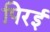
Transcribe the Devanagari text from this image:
पिरई